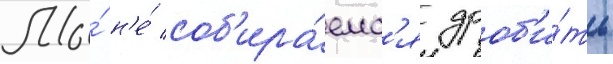
Мы́ н'е́ соб'ира́емс'я дроб'и́ть